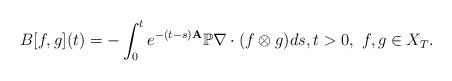
LaTeX: \begin{align*}B [f,g] (t) = - \int_0^t e^{-(t-s){\bf A}} \mathbb{P} \nabla \cdot (f\otimes g ) d s,t>0, ~f,g\in X_T.\end{align*}